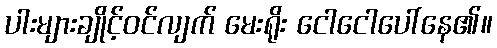
ပါးများချိုင့်ဝင်လျက် မေးရိုး ငေါငေါပေါ်နေ၏။